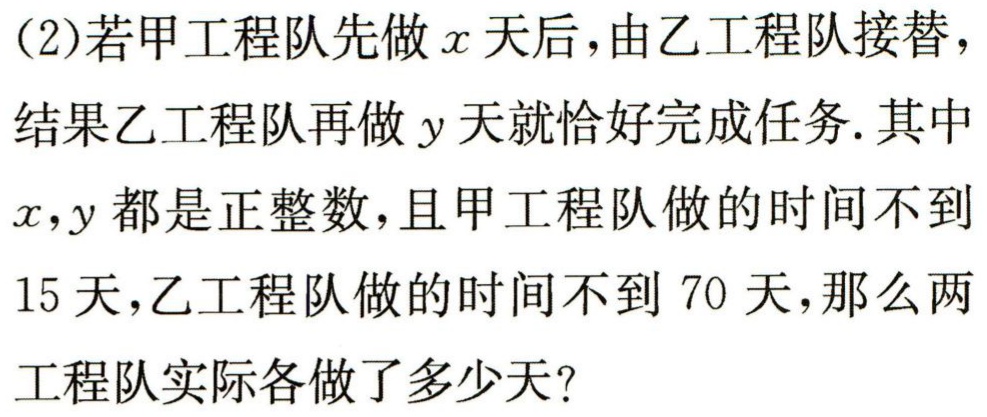
(2)若甲工程队先做\(x\)天后，由乙工程队接替，结果乙工程队再做\(y\)天就恰好完成任务. 其中\(x,y\)都是正整数，且甲工程队做的时间不到\(15\)天，乙工程队做的时间不到\(70\)天，那么两工程队实际各做了多少天?